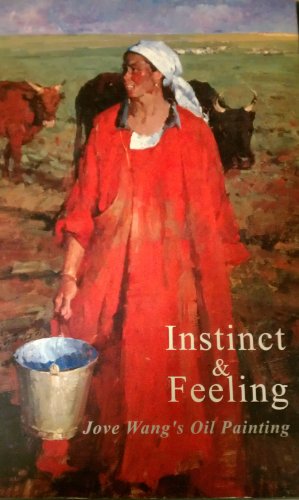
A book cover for Instinct and Feeling: Jove Wang's Oil Painting; Jove Wang; Arts & Photography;